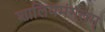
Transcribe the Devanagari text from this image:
शालियमंगलम्‌